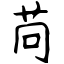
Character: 苘